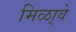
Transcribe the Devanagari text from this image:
मिळा्वे